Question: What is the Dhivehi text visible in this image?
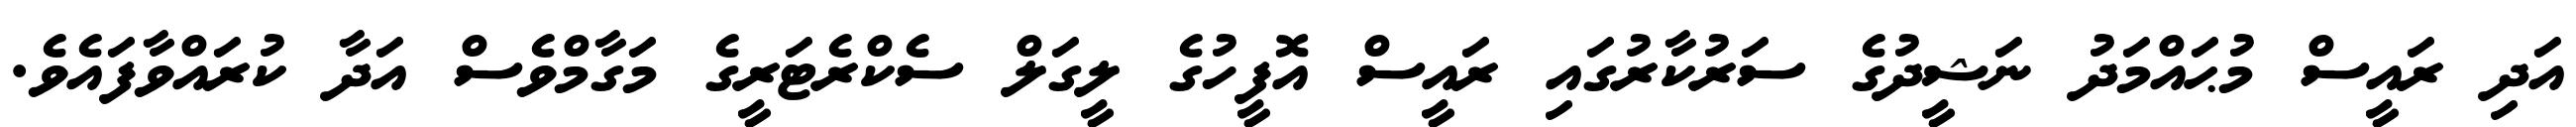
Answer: އަދި ރައީސް މުޙައްމަދު ނަޝީދުގެ ސަރުކާރުގައި ރައީސް އޮފީހުގެ ލީގަލް ސެކްރެޓަރީގެ މަގާމްވެސް އަދާ ކުރައްވާފައެވެ.